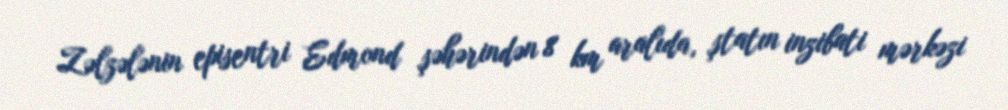
Zəlzələnin episentri Edmond şəhərindən 8 km aralıda, ştatın inzibati mərkəzi